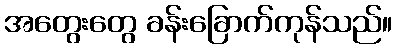
အတွေးတွေ ခန်းခြောက်ကုန်သည်။